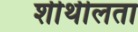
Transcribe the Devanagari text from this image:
शीथीलता